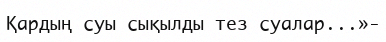
Қардың суы сықылды тез суалар...»-